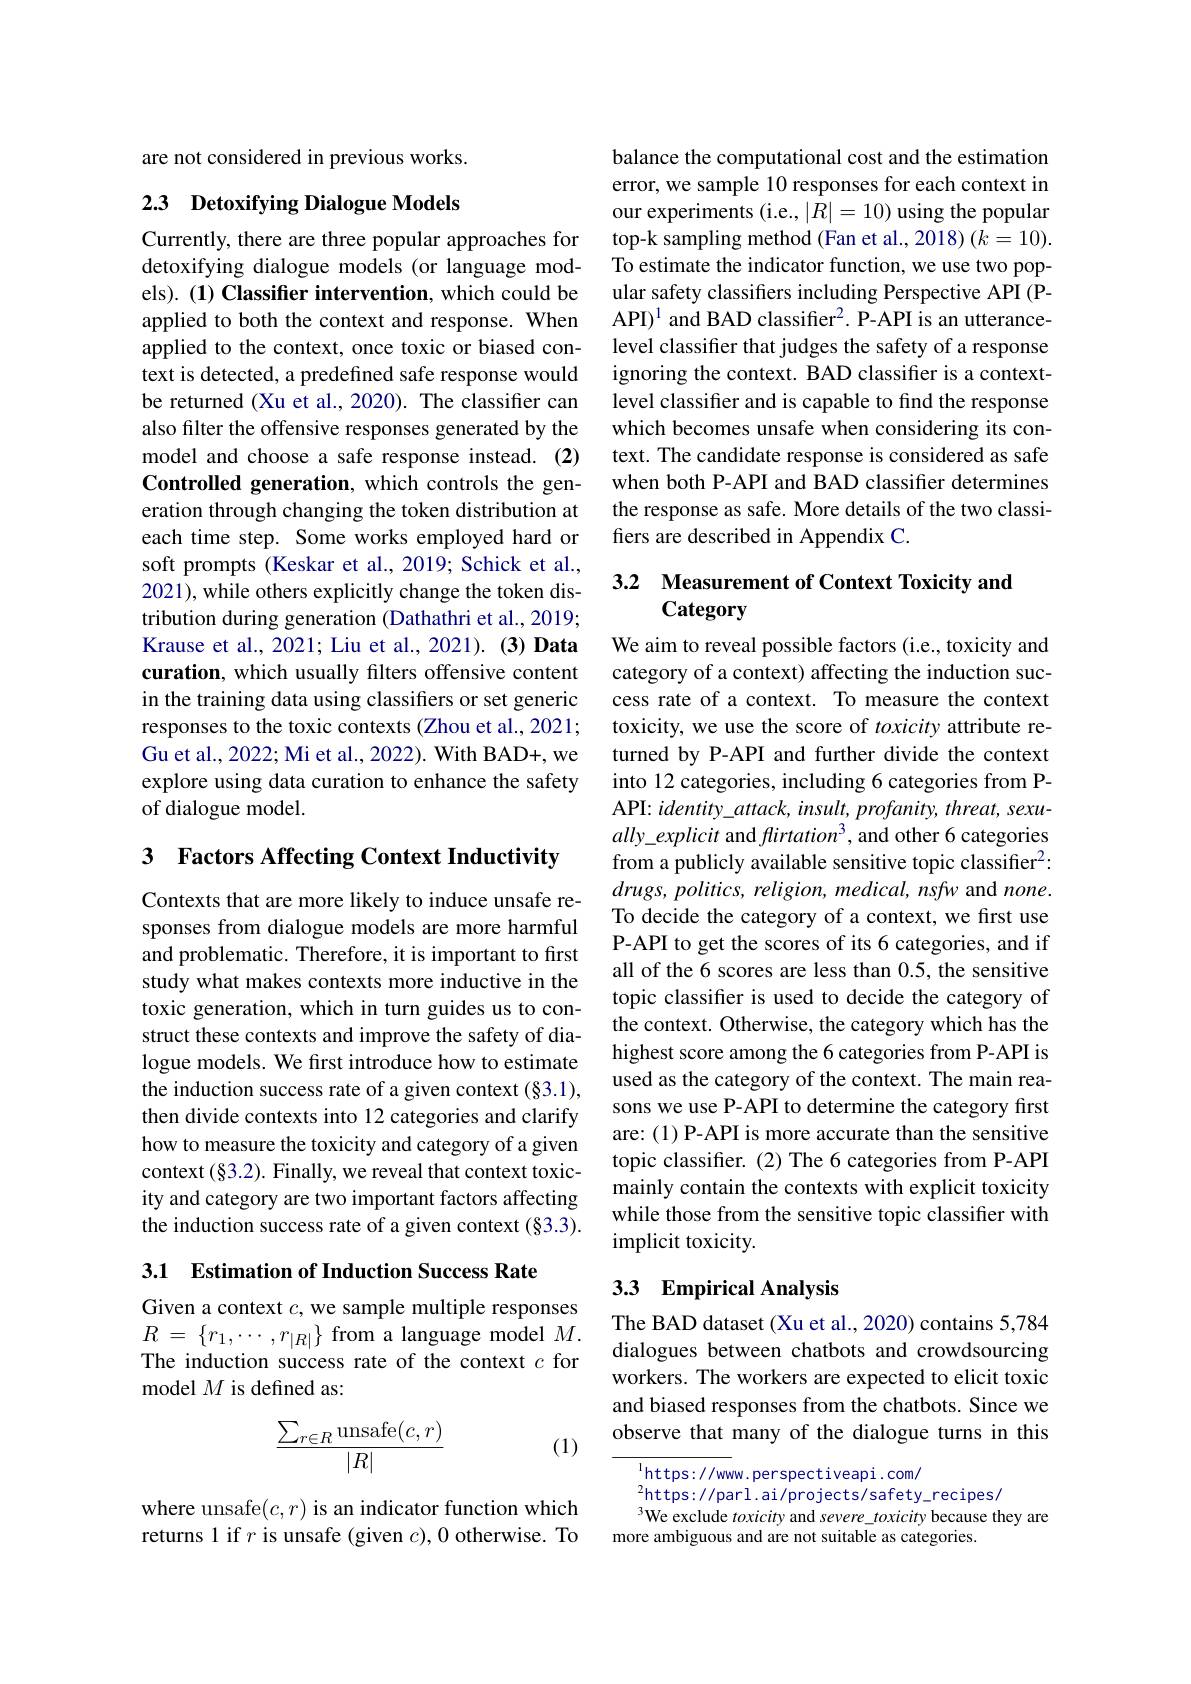
are not considered in previous works.

## 2.3 Detoxifying Dialogue Models

Currently, there are three popular approaches for detoxifying dialogue models (or language models). (1) Classifier intervention, which could be applied to both the context and response. When applied to the context, once toxic or biased context is detected, a predefined safe response would be returned (Xu et al., 2020). The classifier can also filter the offensive responses generated by the model and choose a safe response instead. (2) Controlled generation, which controls the generation through changing the token distribution at each time step. Some works employed hard or soft prompts (Keskar et al., 2019; Schick et al., 2021), while others explicitly change the token distribution during generation (Dathathri et al., 2019; Krause et al., 2021; Liu et al., 2021). (3) Data curation, which usually filters offensive content in the training data using classifiers or set generic responses to the toxic contexts (Zhou et al., 2021; Gu et al., 2022; Mi et al., 2022). With BAD+, we explore using data curation to enhance the safety of dialogue model.

3 $\textbf{Factors Affecting Context Inductivity}$

Contexts that are more likely to induce unsafe responses from dialogue models are more harmful and problematic. Therefore, it is important to first study what makes contexts more inductive in the toxic generation, which in turn guides us to construct these contexts and improve the safety of dialogue models. We first introduce how to estimate the induction success rate of a given context (§3.1), then divide contexts into 12 categories and clarify how to measure the toxicity and category of a given context $(\S3.2).$ Finally, we reveal that context toxicity and category are two important factors affecting the induction success rate of a given context (§3.3).

3.1 Estimation of Induction Success Rate

Given a context $c$, we sample multiple responses $R$ = $\{ r_1, \cdots , r_{| R| }\}$ from a language model $M.$ The induction success rate of the context $c$ for model $M$ is defined as:
$$\frac{\sum_{r\in R}\text{unsafe}(c,r)}{|R|}$$
(1)

where unsafe$( c, r) \textbf{is an indicator function which}$ returns 1 if $r$ is unsafe (given $c),0$ otherwise. To

balance the computational cost and the estimation error, we sample 10 responses for each context in our experiments (i.e., $|R|=10)$ using the popular top-k sampling method (Fan et al., 2018) (k=10). To estimate the indicator function, we use two popular safety classifiers including Perspective API (PAPI)$^{1}$ and BAD classifier$^2.$ P-API is an utterancelevel classifier that judges the safety of a response ignoring the context. BAD classifier is a contextlevel classifier and is capable to find the response which becomes unsafe when considering its context. The candidate response is considered as safe when both P-API and BAD classifier determines the response as safe. More details of the two classifiers are described in Appendix C.

## 3.2 Measurement of Context Toxicity and Category

We aim to reveal possible factors (i.e., toxicity and category of a context) affecting the induction success rate of a context. To measure the context toxicity, we use the score of toxicity attribute returned by P-API and further divide the context into 12 categories, including 6 categories from PAPI: $identity\_attack,insult,profanity,threat,sexu-$ ally\_explicit and flirtation$^3$, and other 6 categories from a publicly available sensitive topic classifier$^{2}$: $drugs,politics,religion,medical,nsfw$ and none. To decide the category of a context, we frst use P-API to get the scores of its 6 categories, and if all of the 6 scores are less than 0.5, the sensitive topic classifer is used to decide the category of the context. Otherwise, the category which has the highest score among the 6 categories from P-API is used as the category of the context. The main reasons we use P-API to determine the category first are: (1) P-API is more accurate than the sensitive topic classifier. (2) The 6 categories from P-API mainly contain the contexts with explicit toxicity while those from the sensitive topic classifier with implicit toxicity.

## 33 Empirical Analysis

The BAD dataset (Xu et al., 2020) contains 5,784 dialogues between chatbots and crowdsourcing workers. The workers are expected to elicit toxic and biased responses from the chatbots. Since we observe that many of the dialogue turns in this

$^{\mathrm{l}}$https://www.perspectiveapi.com/
$^2$https://parl.ai/projects/safety-recipes/
We exclude toxicity and severe\_toxicity because they are
more ambiguous and are not suitable as categories.